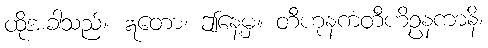
ထိုအခါသည်။ ဣတော၊ ဤနေ့မှ။ တီဟုနကံတီဟိဥနကာနိ၊